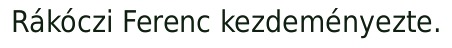
Rákóczi Ferenc kezdeményezte.